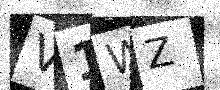
Text: V1WZ